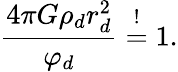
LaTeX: \frac{4\pi G\rho_{d}r_{d}^{2}}{\varphi_{d}}\overset{!}{=}1.